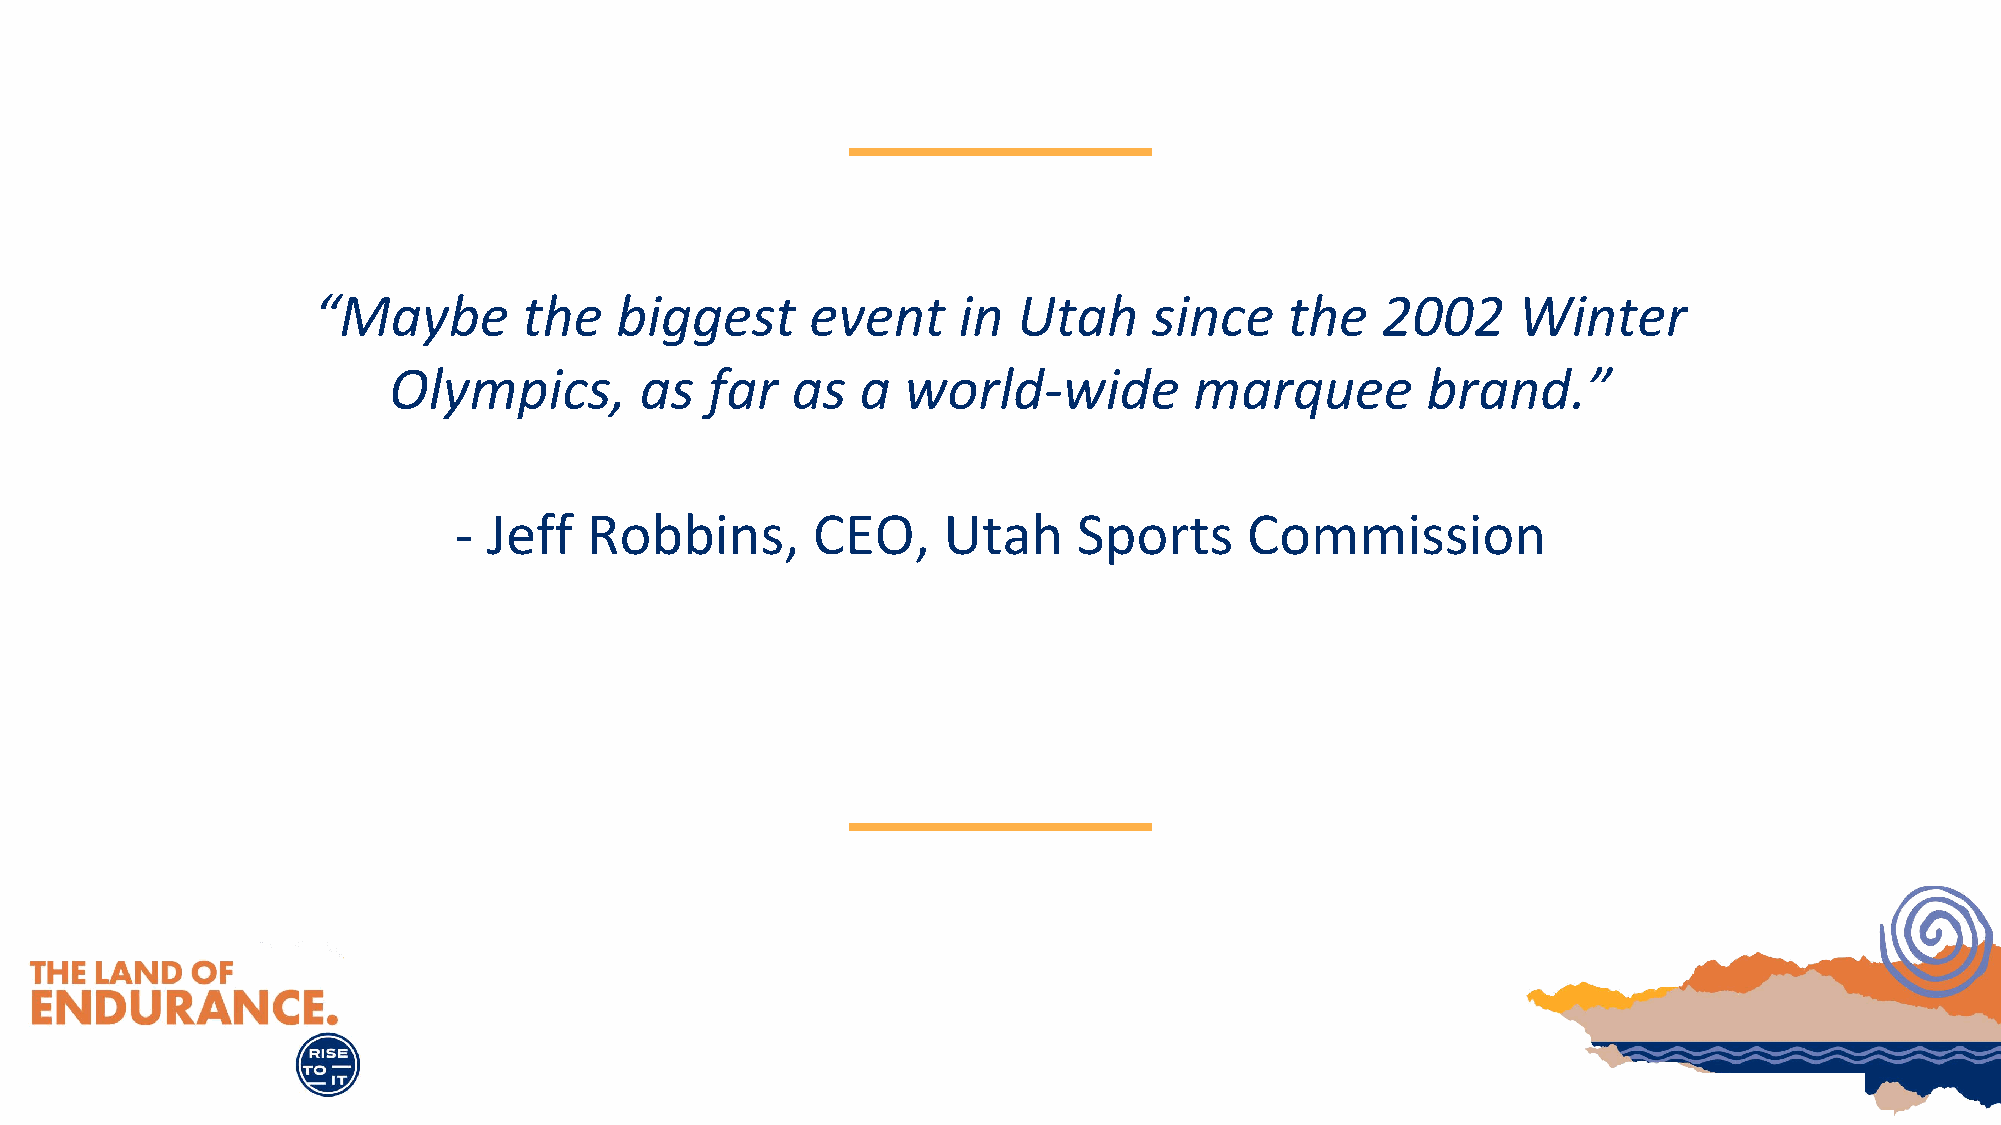
“Maybe        the   biggest      event    in  Utah     since    the   2002     Winter
 Olympics,       as   far  as   a  world-wide         marquee        brand.”
 - Jeff   Robbins,       CEO,    Utah     Sports      Commission